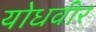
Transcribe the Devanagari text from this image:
योधवीर